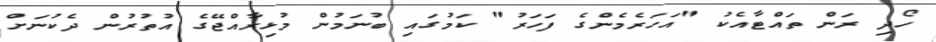
ހޯދި ރަން ތައްޓާއެކު "އަހަރެމެންގެ ފަހަރު" ކަމުގައި ބުނަމުން މުޅިރާއްޖޭގެ އުތުރުން ދެކުނަށް